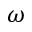
\omega